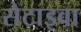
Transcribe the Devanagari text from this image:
सेटाइवा